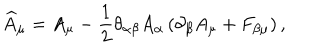
LaTeX: \widehat { A } _ { \mu } = A _ { \mu } - \frac 1 2 \theta _ { \alpha \beta } A _ { \alpha } \left( \partial _ { \beta } A _ { \mu } + F _ { \beta \mu } \right) ,